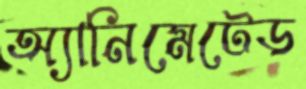
অ্যানিমেটেড